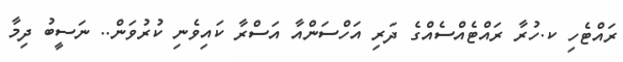
ރައްޓެހި ކ.ހުރާ ރައްޓެއްސެއްގެ ދަރި އަހްސަންއާ އަސްރާ ކައިވެނި ކުރުވަން.. ނަސީބު ދިމާ